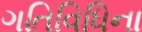
ગતિવિધિના